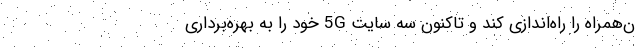
ن‌همراه را راه‌اندازی کند و تاکنون سه سایت 5G خود را به بهره‌برداری